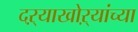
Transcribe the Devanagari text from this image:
दऱ्याखोऱ्यांच्या